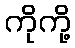
ကိုကို့